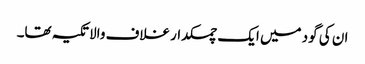
ان کی گود میں ایک چمکدار غلاف والا تکیہ تھا۔